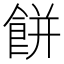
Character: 餅